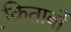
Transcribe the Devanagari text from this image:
कि़ताबों